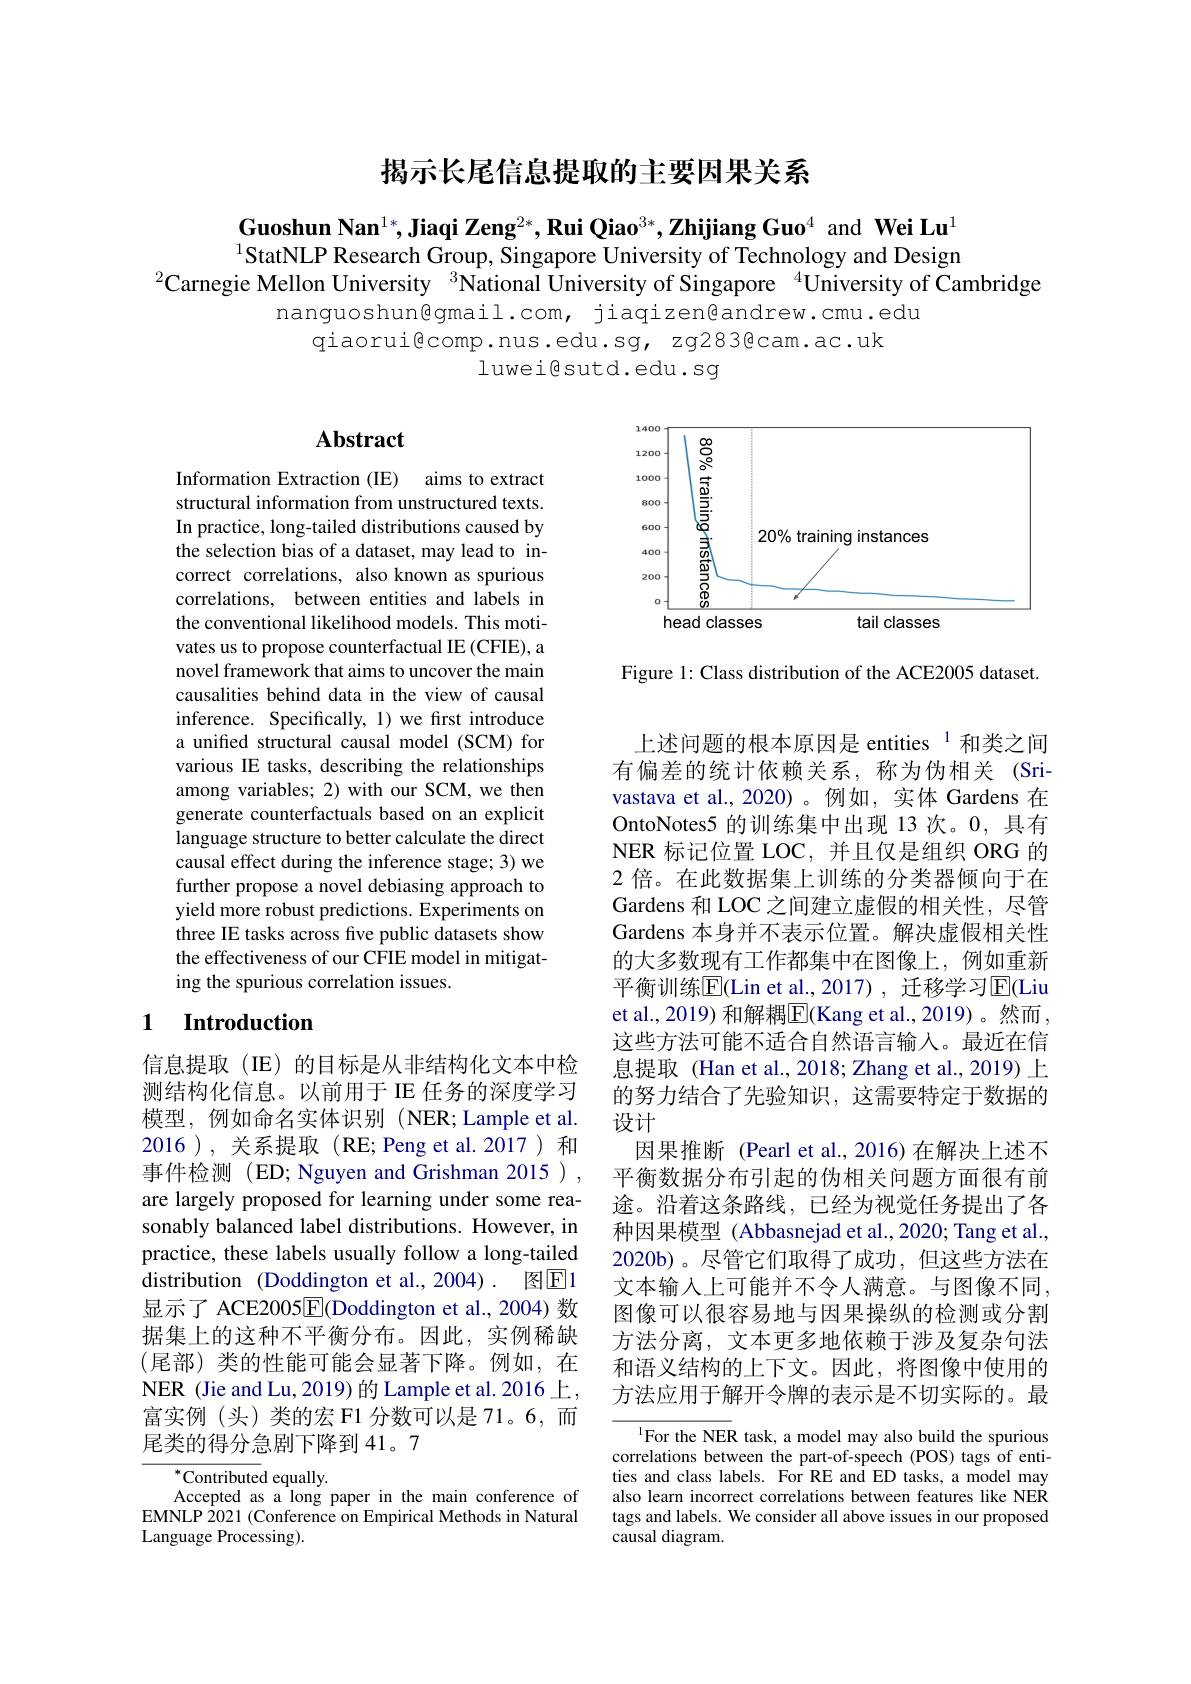
揭示长尾信息提取的主要因果关系

Guoshun Nan$^1*,\textbf{Jiaqi Zeng}^{2*},\textbf{Rui Qiao}^{3*},\textbf{Zhijiang Guo}^{4}$ and Wei Lu$^1$ $^{1}$StatNLP Research Group, Singapore University of Technology and Design
$^{2}$Carnegie Mellon University $^{3}$National University of Singapore $^{4}$University of Cambridge

nanguoshun@gmail.com, jiaqizen@andrew.cmu.edu
qiaorui@comp.nus.edu.sg, zg283@cam.ac.uk
luwei@sutd.edu.sg

## Abstract

<FigureHere>

Figure 1: Class distribution of the ACE2005 dataset.

Information Extraction (IE) aims to extract structural information from unstructured texts. In practice, long-tailed distributions caused by the selection bias of a dataset, may lead to incorrect correlations, also known as spurious correlations, between entities and labels in the conventional likelihood models. This motivates us to propose counterfactual IE (CFIE), a novel framework that aims to uncover the main causalities behind data in the view of causal inference. Specifically, 1) we first introduce a unified structural causal model (SCM) for various IE tasks, describing the relationships among variables; 2) with our SCM, we then generate counterfactuals based on an explicit language structure to better calculate the direct causal effect during the inference stage; 3) we further propose a novel debiasing approach to yield more robust predictions. Experiments on three IE tasks across five public datasets show the effectiveness of our CFIE model in mitigating the spurious correlation issues.

## 1 $\textbf{Introduction}$

上述问题的根本原因是 entities $^{1}$和类之间有偏差的统计依赖关系，称为伪相关(Sri-) vastava et al.,2020)。例如，实体 Gardens 在OntoNotes5 的训练集中出现 13 次。0, 具有NER 标记位置 LOC, 并且仅是组织 ORG 的2 倍。在此数据集上训练的分类器倾向于在Gardens 和 LOC 之间建立虚假的相关性，尽管Gardens 本身并不表示位置。解决虚假相关性的大多数现有工作都集中在图像上，例如重新平衡训练$\overline{\mathrm{E}}($Lin et al.,2017),迁移学习$\overline{\mathrm{E}}($Liu et al., 2019) 和解耦$\boxed{\mathrm{F}}($Kang et al., 2019)。然而， 这些方法可能不适合自然语言输人。最近在信息提取 (Han et al., 2018; Zhang et al., 2019) 上的努力结合了先验知识，这需要特定于数据的设计
因果推断 (Pearl et al.,2016)在解决上述不平衡数据分布引起的伪相关问题方面很有前途。沿着这条路线，已经为视觉任务提出了各种因果模型 (Abbasnejad et al., 2020; Tang et al., 2020b)。尽管它们取得了成功，但这些方法在文本输入上可能并不令人满意。与图像不同， 图像可以很容易地与因果操纵的检测或分割方法分离，文本更多地依赖于涉及复杂句法和语义结构的上下文。因此，将图像中使用的方法应用于解开令牌的表示是不切实际的。最

信息提取(IE)的目标是从非结构化文本中检测结构化信息。以前用于 IE 任务的深度学习模型，例如命名实体识别(NER;Lample et al. 2016 ), 关系提取 (RE; Peng et al.2017 )和事件检测(ED; Nguyen and Grishman 2015 ) , are largely proposed for learning under some reasonably balanced label distributions. However, in practice, these labels usually follow a long-tailed distribution (Doddington et al.,2004). 图$\boxed{\mathrm{E}}1$ 显示了 ACE2005$\underline{\mathrm{E}}($Doddington et al.,2004)数据集上的这种不平衡分布。因此，实例稀缺(尾部)类的性能可能会显著下降。例如，在NER (Jie and Lu, 2019) 的 Lample et al. 2016 上， 富实例(头)类的宏 F1 分数可以是 71。6,而尾类的得分急剧下降到 41。7

$^{1}$For the NER task, a model may also build the spurious correlations between the part-of-speech (POS) tags of entities and class labels. For RE and ED tasks, a model may also learn incorrect correlations between features like NER tags and labels. We consider all above issues in our proposed causal diagram.

$^{*}$Contributed equally.
Accepted as a long paper in the main conference of EMNLP 2021 (Conference on Empirical Methods in Natural Language Processing).